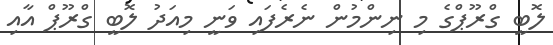
ލޮބީ ގްރޫޕްގެ މި ނިންމުން ނެރެފައި ވަނީ މިއަދު ލޮބީ ގްރޫޕް އާއި